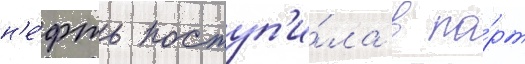
н'е́фть поступ'и́ла в по́рт